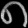
Digit: ၈